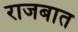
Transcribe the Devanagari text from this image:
राजबात